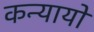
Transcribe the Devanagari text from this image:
कन्यायों